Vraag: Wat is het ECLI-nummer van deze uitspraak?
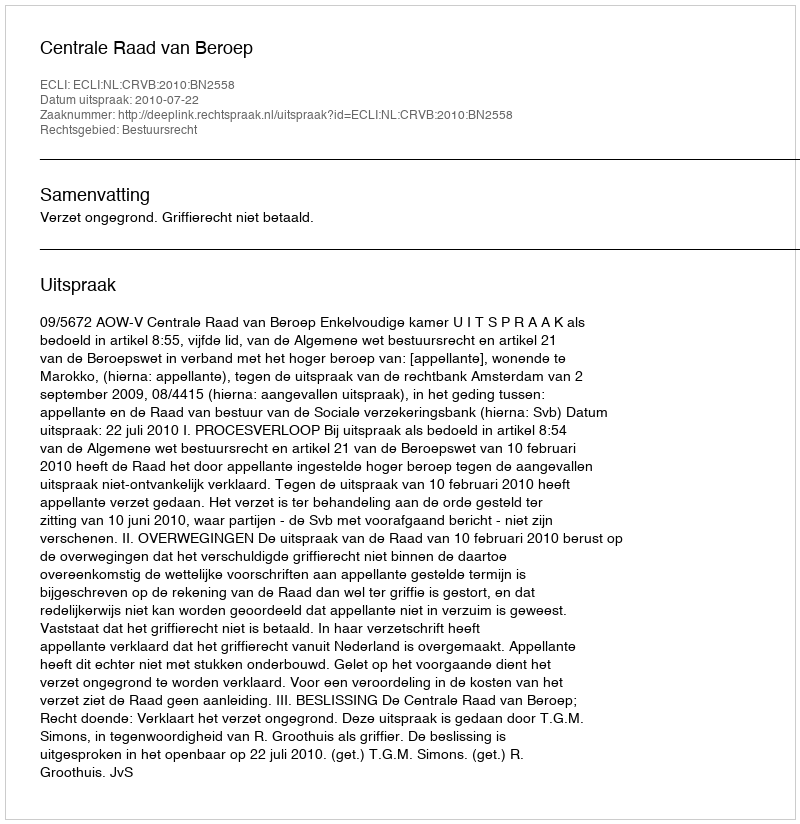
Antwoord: ECLI:NL:CRVB:2010:BN2558